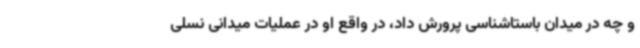
و چه در میدان باستاشناسی پرورش داد، در واقع او در عملیات میدانی نسلی